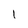
Character: l